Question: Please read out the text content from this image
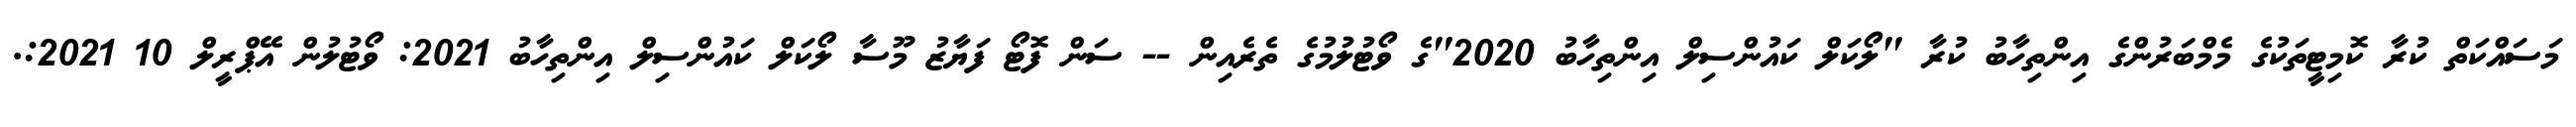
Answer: މަސައްކަތް ކުރާ ކޮމިޓީތަކުގެ މެމްބަރުންގެ އިންތިހާބު ކުރާ "ލޯކަލް ކައުންސިލް އިންތިހާބު 2020"ގެ ވޯޓުލުމުގެ ތެރެއިން -- ސަން ފޮޓޯ ފަޔާޒު މޫސާ ލޯކަލް ކައުންސިލް އިންތިހާބު 2021: ވޯޓުލުން އޭޕްރީލް 10 2021:.